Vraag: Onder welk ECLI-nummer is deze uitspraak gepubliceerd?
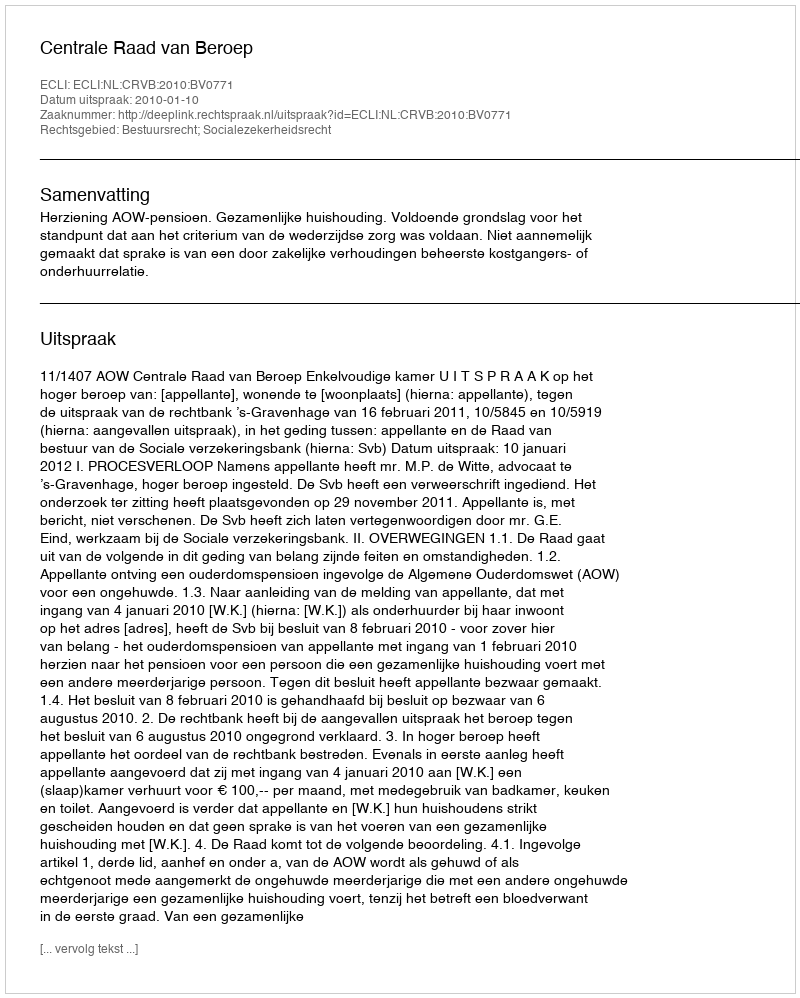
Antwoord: ECLI:NL:CRVB:2010:BV0771